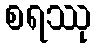
စရဿု